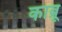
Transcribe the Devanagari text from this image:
काब्रू